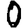
Digit: 0